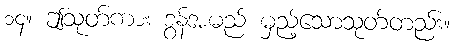
၁၄။ ဤသုတ်ကား ဒွန်အမည် မှည့်သောသုတ်တည်း။